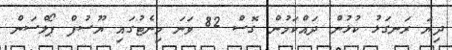
ދިޔަ ރަނގަޅު ކުޅުން ދައްކަމުން ގޮސް 82 ވަނަ މިނެޓުގައި ޔޫސުފް ޕޯލްސަން